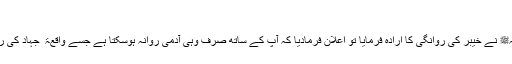
''
چنانچہ جب رسول اللہﷺ نے خیبر کی روانگی کا ارادہ فرمایا تو اعلان فرمادیا کہ آپ کے ساتھ صرف وہی آدمی روانہ ہوسکتا ہے جسے واقعۃ ً جہاد کی رغبت اور خواہش ہے۔